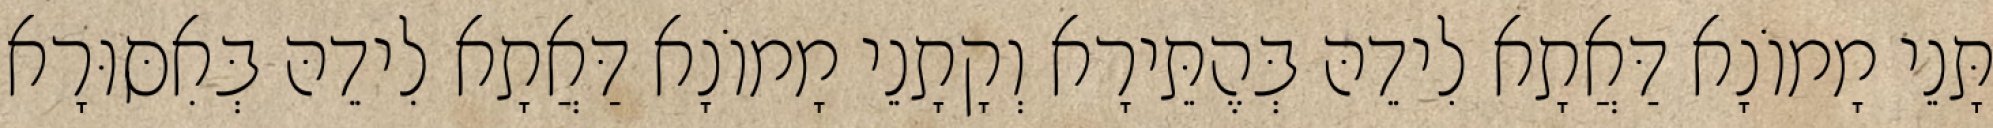
תָּנֵי מָמוֹנָא דַּאֲתָא לִידֵהּ בְּהֶתֵּירָא וְקָתָנֵי מָמוֹנָא דַּאֲתָא לִידֵהּ בְּאִסּוּרָא